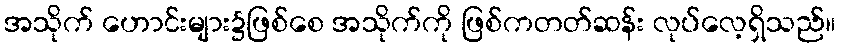
အသိုက် ဟောင်းများ၌ဖြစ်စေ အသိုက်ကို ဖြစ်ကတတ်ဆန်း လုပ်လေ့ရှိသည်။